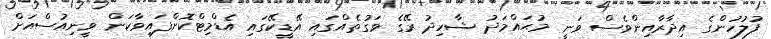
ފުލުހުންގެ އިދާރާއިންވެސް ވަނީ މުޙައްމަދު ޝާހިދު ރޭގެ ވަގުތެއްގައި އޭޑީކޭގައި އެޑްމިޓްކޮށްފައިވާކަން ވީނިއުސްއަށް